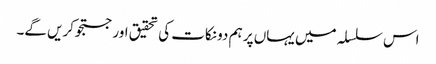
اس سلسلہ میں یہاں پر ہم دو نکات کی تحقیق اور جستجوکریں گے۔